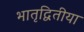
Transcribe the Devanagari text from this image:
भातृद्वितीया